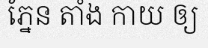
ភ្នែន តាំង កាយ ឲ្យ